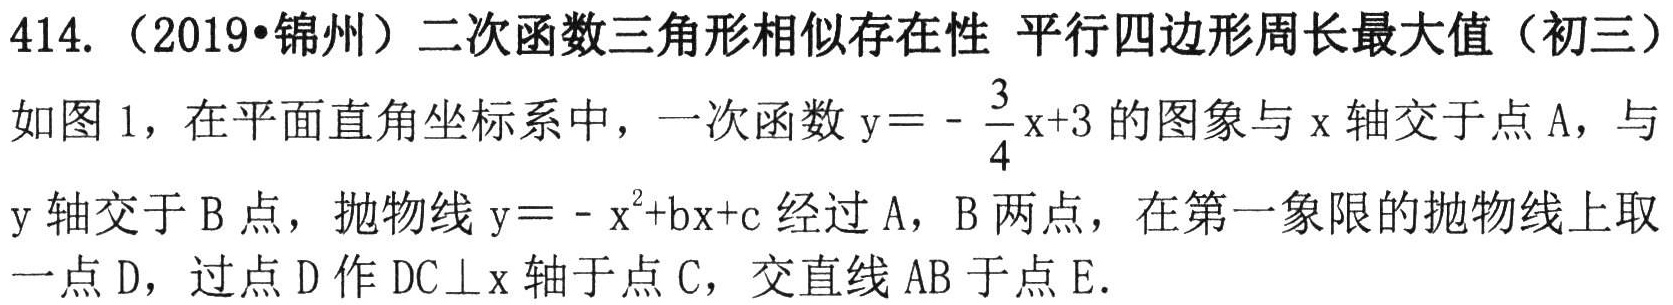
414. （2019•锦州）二次函数三角形相似存在性 平行四边形周长最大值（初三）
如图 1，在平面直角坐标系中，一次函数\(y = -\frac{3}{4}x + 3\)的图象与\(x\)轴交于点\(A\)，与\(y\)轴交于\(B\)点，抛物线\(y = -x^{2}+bx + c\)经过\(A\)，\(B\)两点，在第一象限的抛物线上取一点\(D\)，过点\(D\)作\(DC\perp x\)轴于点\(C\)，交直线\(AB\)于点\(E\).